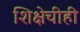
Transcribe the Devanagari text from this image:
शिक्षेचीही